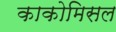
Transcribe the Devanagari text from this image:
काकोमिसल